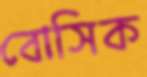
বোসিক